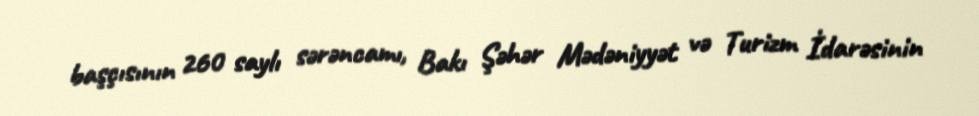
başçısının 260 saylı sərəncamı, Bakı Şəhər Mədəniyyət və Turizm İdarəsinin